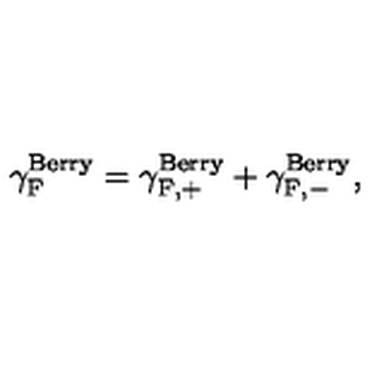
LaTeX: { \gamma } _ { \mathrm { F } } ^ { \mathrm { B e r r y } } = { \gamma } _ { \mathrm { F , + } } ^ { \mathrm { B e r r y } } + { \gamma } _ { \mathrm { F , - } } ^ { \mathrm { B e r r y } } ,